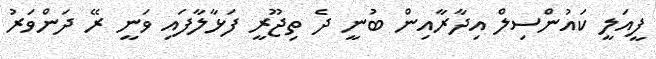
ފީއަލީ ކައުންސިލް އިދާރާއިން ބުނީ ދެ ތިޖޫރީ ފަޅާލާފައި ވަނީ ރޭ ދަންވަރު